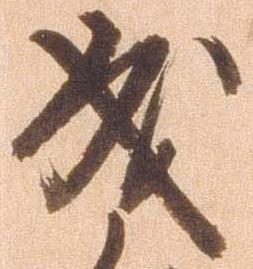
成